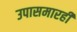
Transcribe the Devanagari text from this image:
उपासमारही